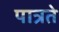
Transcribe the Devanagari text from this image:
पात्रते